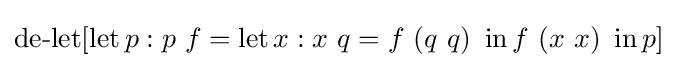
\operatorname {de-let} [\operatorname {let} p:p\ f=\operatorname {let} x:x\ q=f\ (q\ q)\ \operatorname {in} f\ (x\ x)\ \operatorname {in} p]